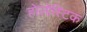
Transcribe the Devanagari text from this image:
होलोस्टिक